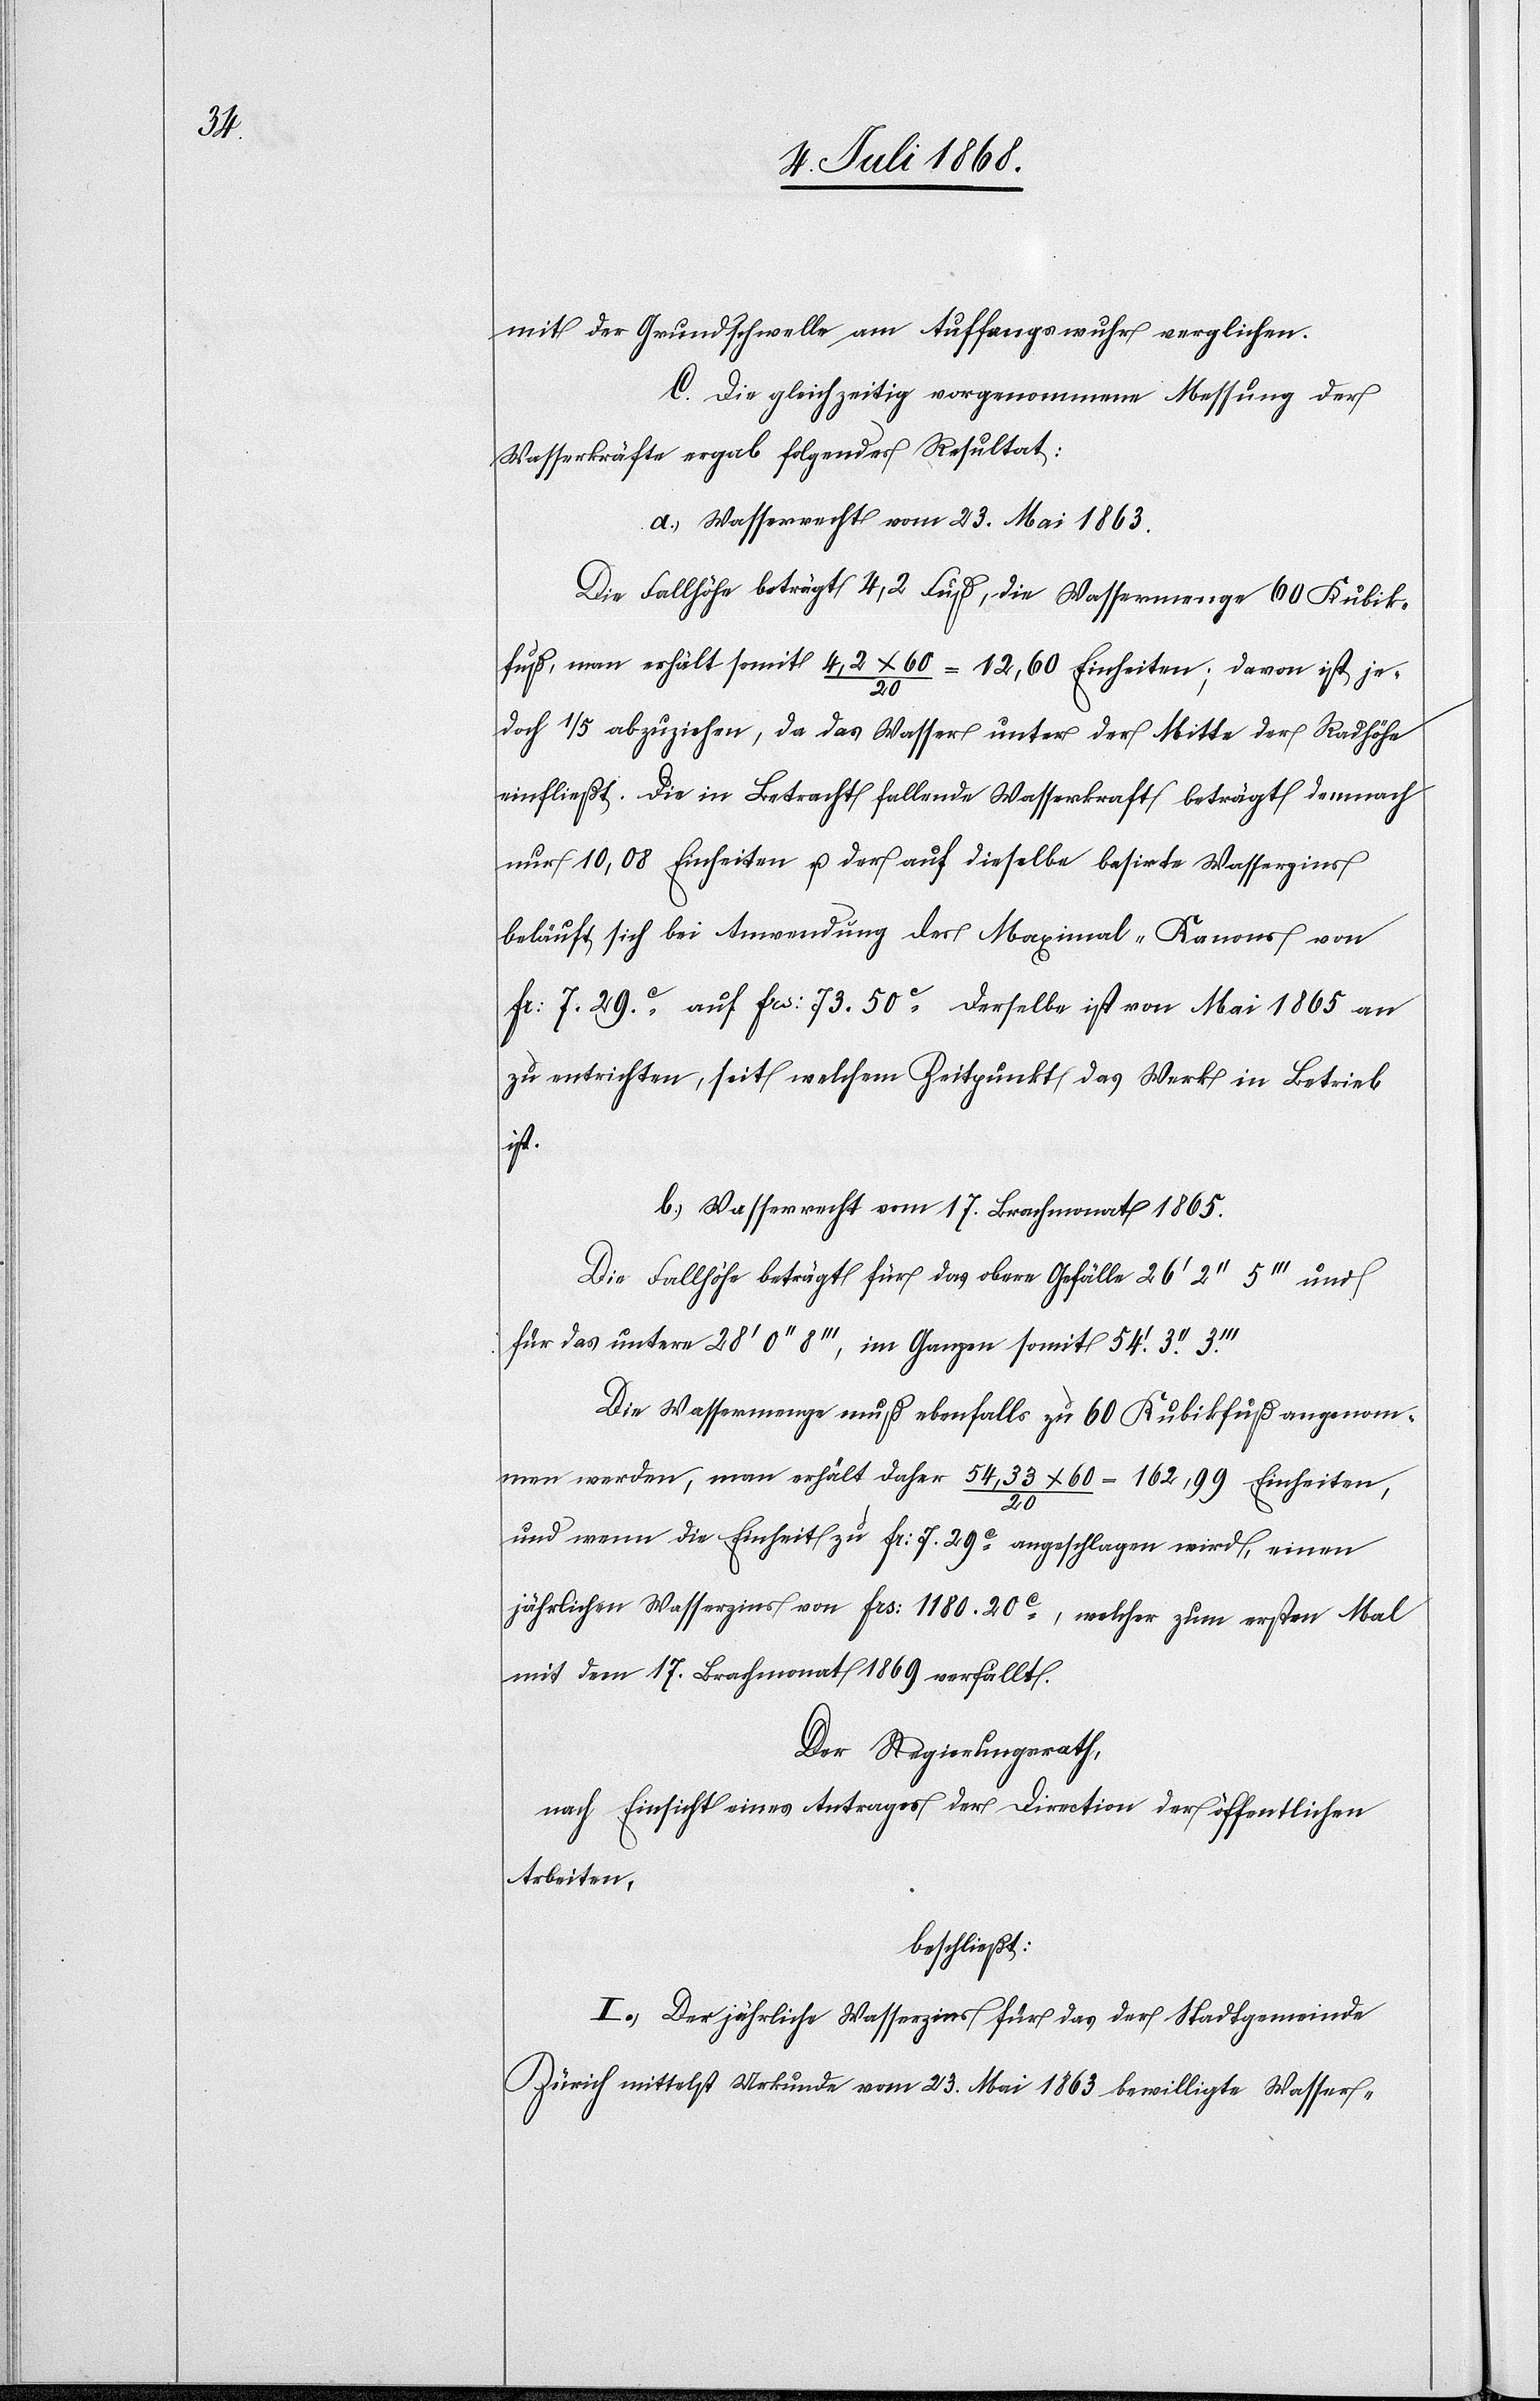
mit der Grundschwelle am Auffangswuhr verglichen.
C. Die gleichzeitig vorgenommene Messung der
Wasserkräfte ergab folgendes Resultat:
a.) Wasserrecht vom 23. Mai 1863.
Die Fallhöhe beträgt 4,2 Fuß, die Wassermenge 60 Kubik¬
fuß, man erhält somit 4,2 x 60 / 20 = 12,60 Einheiten, davon ist je¬
doch 1/5 abzuziehen, da das Wasser unter der Mitte der Radhöhe
einfließt. Die in Betracht fallende Wasserkraft beträgt demnach
nur 10,08 Einheiten u. der auf dieselbe basirte Wasserzins
beläuft sich bei Anwendung des Maximal-Kanons von
Fr: 7. 29c. auf Fcs: 73. 50c Derselbe ist von Mai 1865 an
zu entrichten, seit welchem Zeitpunkt das Werk in Betrieb
ist.
b.) Wasserrecht vom 17. Brachmonat 1865.
Die Fallhöhe beträgt für das obere Gefälle 26‘ 2‘‘ 5‘‘‘ und
für das untere 28‘ 0‘‘ 8‘‘‘, im Ganzen somit 54‘. 3‘‘.
Die Wassermenge muß ebenfalls zu 60 Kubikfuß angenom¬
men werden, man erhält daher 54,33 x 60 / 20 = 162,99 Einheiten,
und wenn die Einheit zu Fr: 7. 29c angeschlagen wird, einen
jährlichen Wasserzins von Frs: 1180. 20c, welcher zum ersten Mal
mit dem 17. Brachmonat 1869 verfällt.
Der Regierungsrath,
nach Einsicht eines Antrages der Direction der öffentlichen
Arbeiten,
beschließt:
I.) Der jährliche Wasserzins für das der Stadtgemeinde
Zürich mittelst Urkunde vom 23. Mai 1863 bewilligte Wasser-